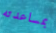
بمساعدته